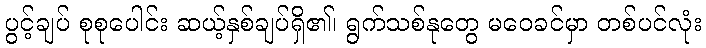
ပွင့်ချပ် စုစုပေါင်း ဆယ့်နှစ်ချပ်ရှိ၏၊ ရွက်သစ်နုတွေ မဝေခင်မှာ တစ်ပင်လုံး